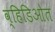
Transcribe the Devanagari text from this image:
व्हिडिओत